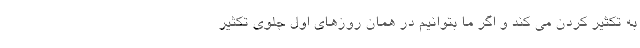
به تکثیر کردن می کند و اگر ما بتوانیم در همان روزهای اول جلوی تکثیر